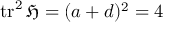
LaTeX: \operatorname { t r } ^ { 2 } { \mathfrak { H } } = ( a + d ) ^ { 2 } = 4